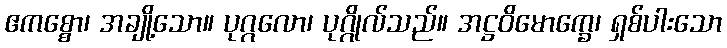
ဧကစ္စော၊ အချို့သော။ ပုဂ္ဂလော၊ ပုဂ္ဂိုလ်သည်။ အဋ္ဌဝိမောက္ခေ၊ ရှစ်ပါးသော